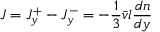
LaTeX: \quad J = J _ { y } ^ { + } - J _ { y } ^ { - } = - { \frac { 1 } { 3 } } { \bar { v } } l { \frac { d n } { d y } }